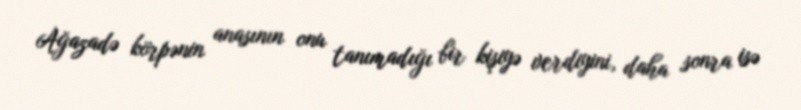
Ağazadə körpənin anasının onu tanımadığı bir kişiyə verdiyini, daha sonra isə